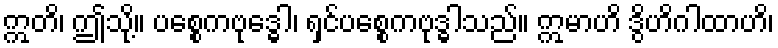
ဣတိ၊ ဤသို့။ ပစ္စေကဗုဒ္ဓေါ၊ ရှင်ပစ္စေကဗုဒ္ဓါသည်။ ဣမာဟိ ဒွိဟိဂါထာဟိ၊